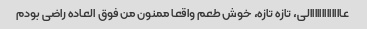
عااااااااااااالى، تازه تازه، خوش طعم واقعا ممنون من فوق العاده راضى بودم